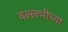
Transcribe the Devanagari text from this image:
वल्लभीच्या